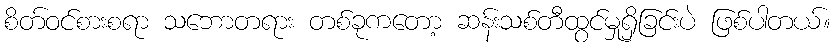
စိတ်ဝင်စားစရာ သဘောတရား တစ်ခုကတော့ ဆန်းသစ်တီထွင်မှုရှိခြင်းပဲ ဖြစ်ပါတယ်။